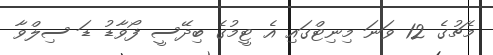
މެޗުގެ 12 ވަނަ މިނިޓްގައި އެ ޓީމުގެ ބިދޭސީ ފޯވާޑު ޑަ ސިލްވާ